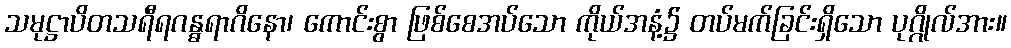
သမုဋ္ဌာပိတသရီရဂန္ဓရာဂိနော၊ ကောင်းစွာ ဖြစ်စေအပ်သော ကိုယ်အနံ့၌ တပ်မက်ခြင်းရှိသော ပုဂ္ဂိုလ်အား။